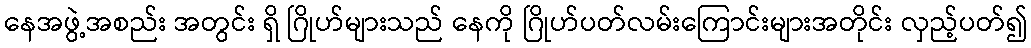
နေအဖွဲ့အစည်း အတွင်း ရှိ ဂြိုဟ်များသည် နေကို ဂြိုဟ်ပတ်လမ်းကြောင်းများအတိုင်း လှည့်ပတ်၍